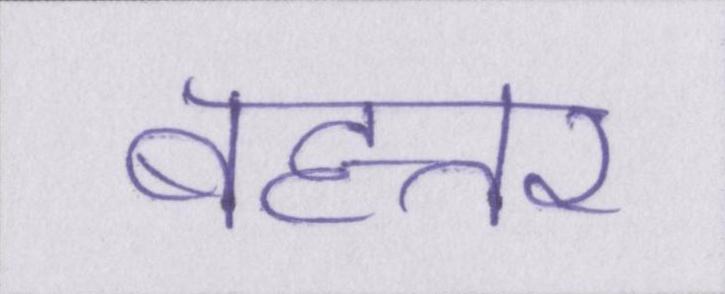
बहत्तर